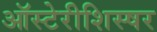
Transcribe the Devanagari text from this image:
ऑस्टेरीशिस्षर